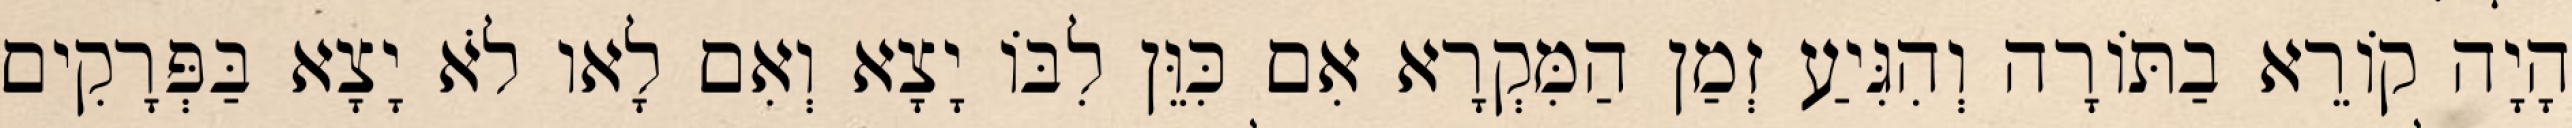
הָיָה קוֹרֵא בַתּוֹרָה וְהִגִּיעַ זְמַן הַמִּקְרָא אִם כִּוֵּן לִבּוֹ יָצָא וְאִם לָאו לֹא יָצָא בַּפְּרָקִים